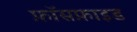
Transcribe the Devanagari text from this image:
फ़ॉसफ़ाइड